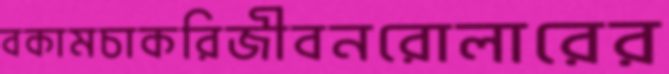
বকামচাকরিজীবনরোলারের